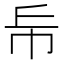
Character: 𢁹